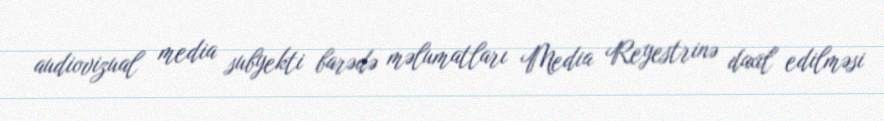
audiovizual media subyekti barədə məlumatları Media Reyestrinə daxil edilməsi